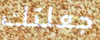
جعلتك